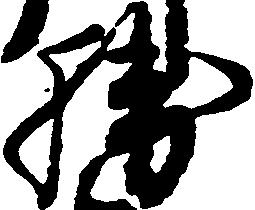
勝